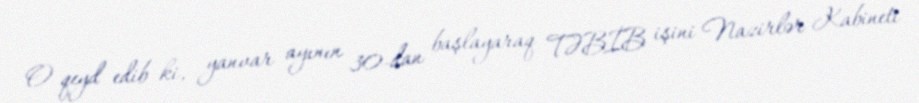
O qeyd edib ki, yanvar ayının 30-dan başlayaraq TƏBİB işini Nazirlər Kabineti